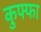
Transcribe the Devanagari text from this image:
कुफ्फा